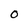
Character: O